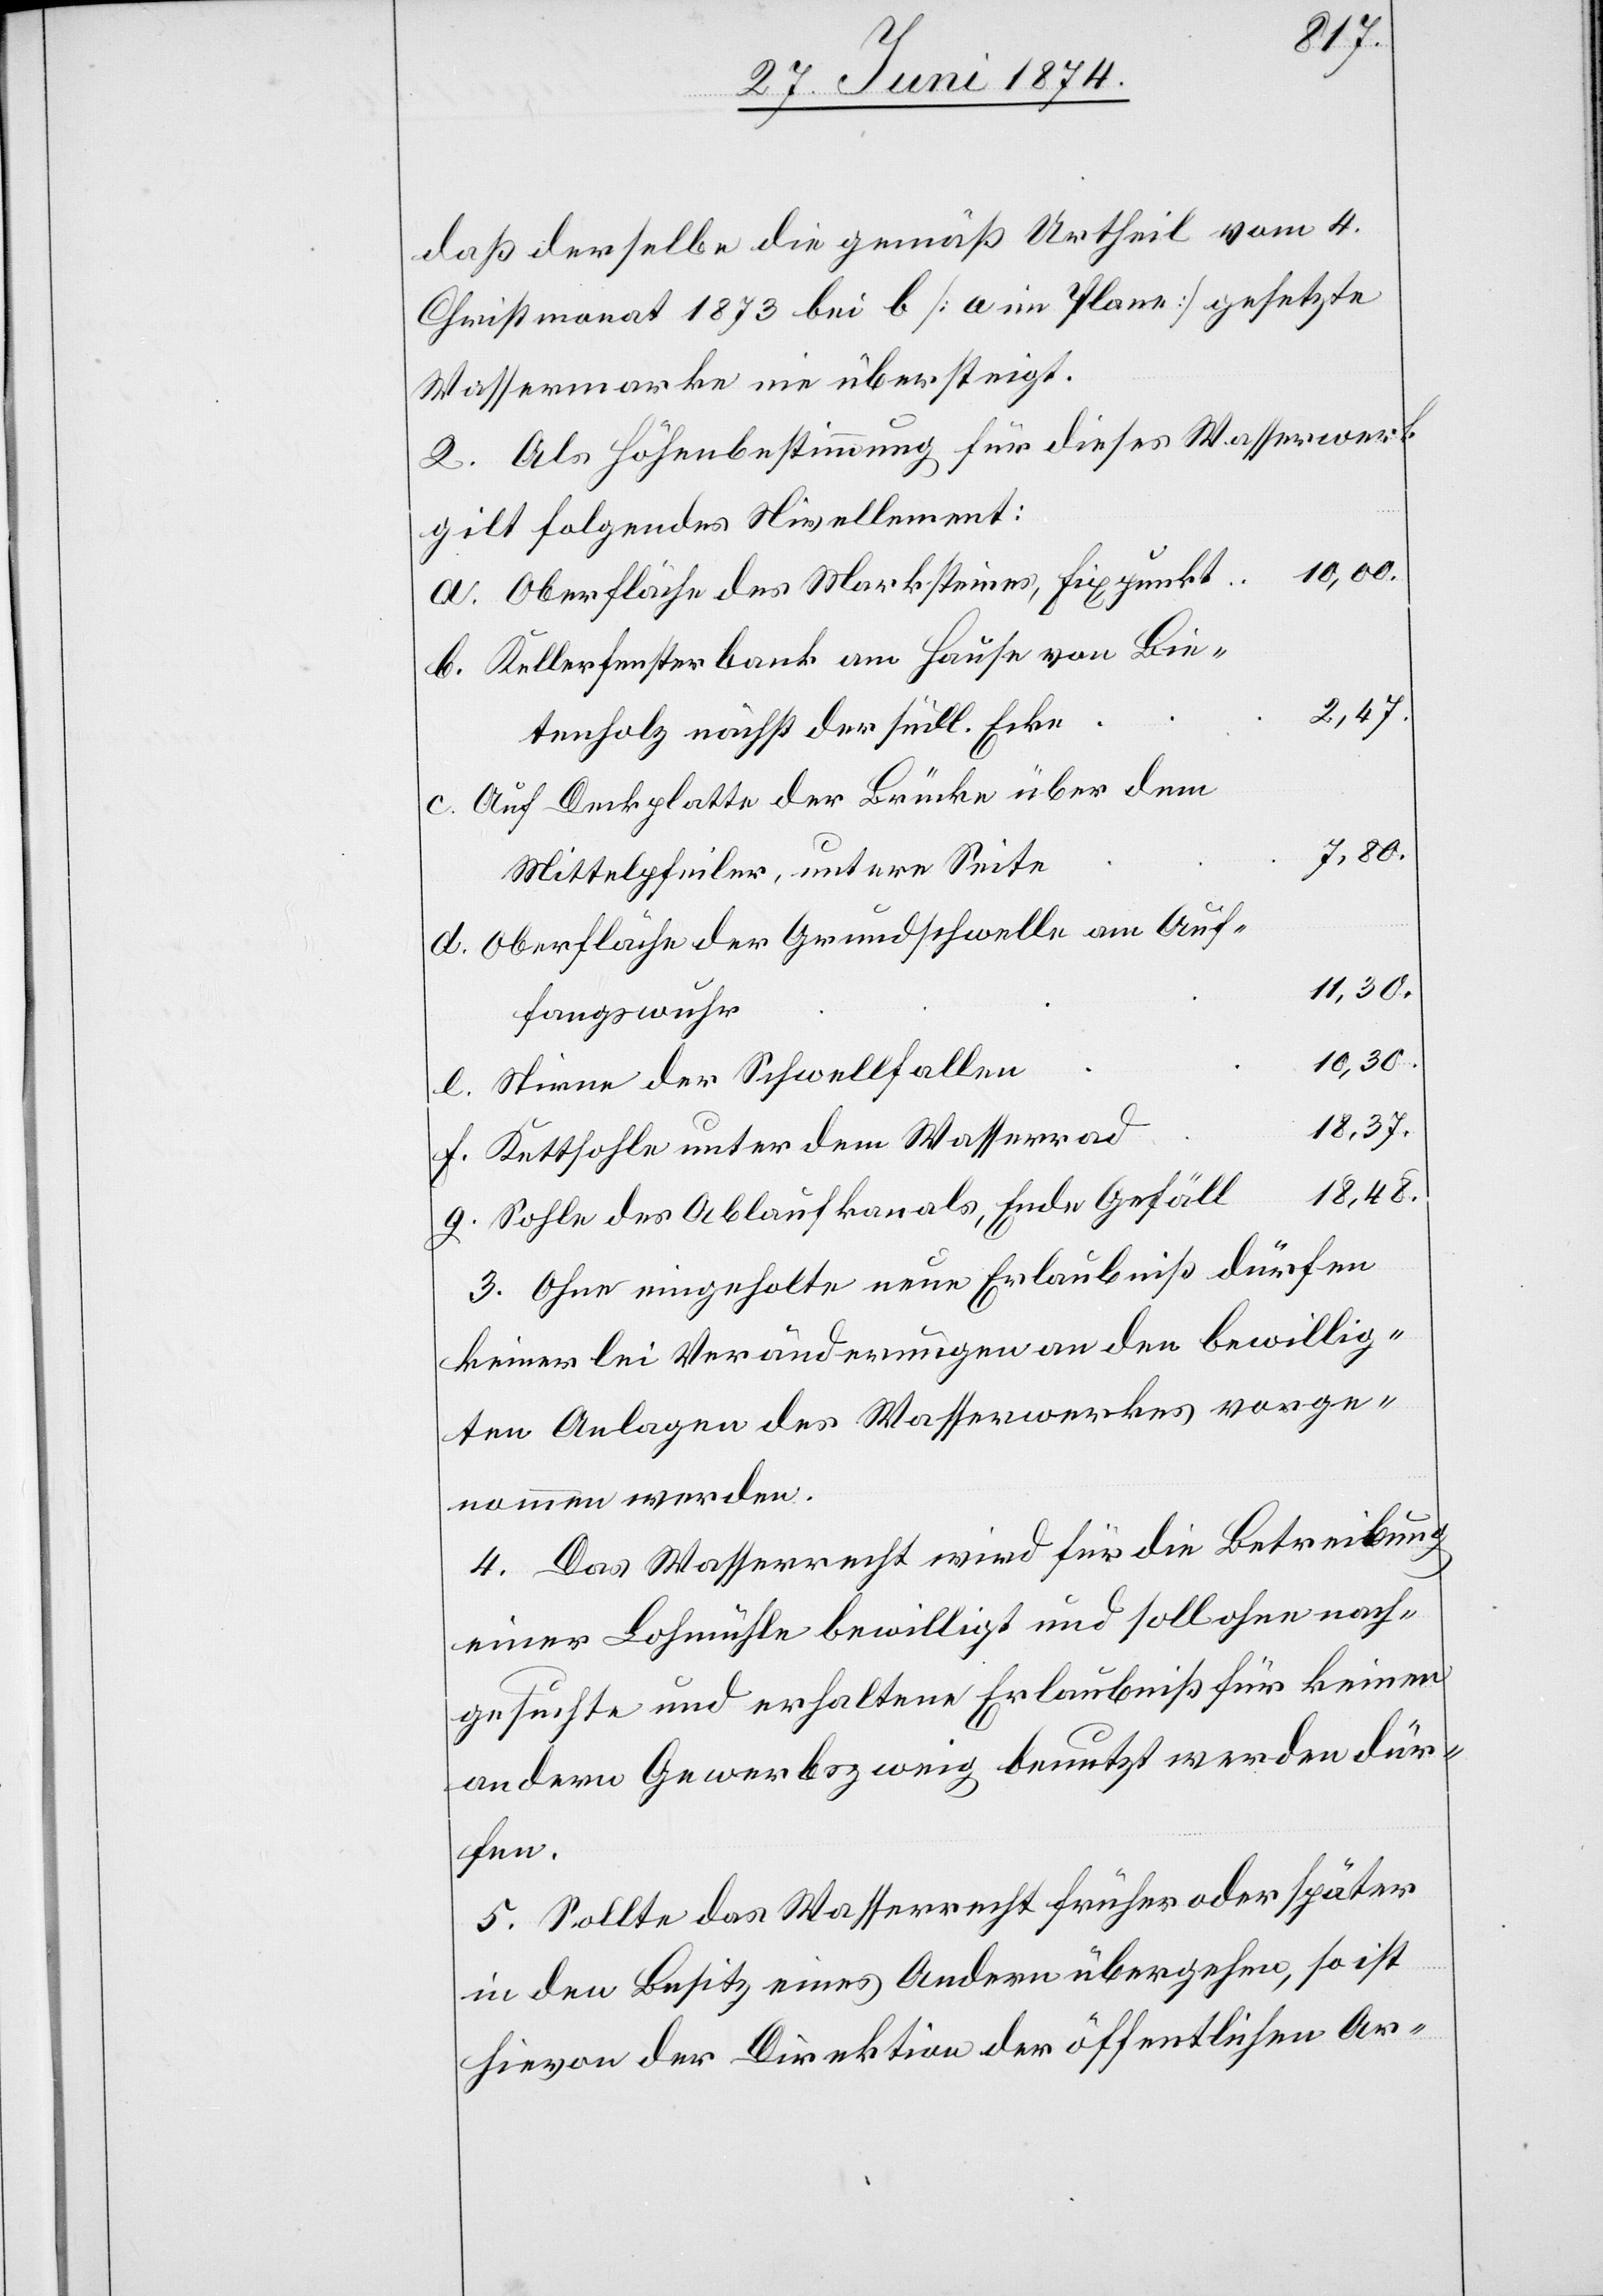
g.
daß derselbe die gemäß Urtheil vom 4.
Christmonat 1873 bei b [a im Plane] gesetzte
Wassermarke nie übersteigt.
2. Als Höhenbestimmung für dieses Wasserwerk
gilt folgendes Nivellement:
10,00.
Oberfläche des Marksteines, Fixpunkt
Kellerfensterbank am Hause von Bie¬
2,47.
f.
tenholz nächst der südl. Ecke
Auf Deckplatte der Brücke über dem
Mittelpfeiler, untere Seite
Oberfläche der Grundschwelle am Auf¬
11,30.
fangswuhr
10,30.
Stirne der Schwellfallen
18,37.
Kettsohle unter dem Wasserrad
18,48.
Sohle des Ablaufkanals, Ende Gefäll
3. Ohne eingeholte neue Erlaubniß dürfen
keinerlei Veränderungen an den bewillig¬
ten Anlagen des Wasserwerkes vorge¬
nommen werden.
4. Das Wasserrecht wird für die Betreibung
einer Lohmühle bewilligt und soll ohne nach¬
gesuchte und erhaltene Erlaubniß für keinen
andern Gewerbszweig benutzt werden dür¬
fen.
5. Sollte das Wasserrecht früher oder später
in den Besitz eines Andern übergehen, so ist
hievon der Direktion der öffentlichen Ar-